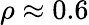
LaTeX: \rho\approx 0.6